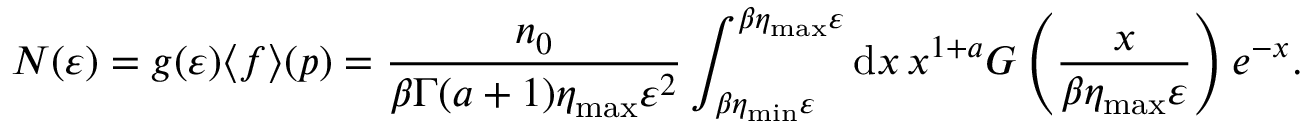
N ( \varepsilon ) = g ( \varepsilon ) \langle f \rangle ( \boldsymbol { p } ) = \frac { n _ { 0 } } { \beta \Gamma ( a + 1 ) \eta _ { \mathrm { m a x } } \varepsilon ^ { 2 } } \int _ { \beta \eta _ { \mathrm { m i n } } \varepsilon } ^ { { \beta \eta _ { \mathrm { m a x } } \varepsilon } } \mathrm { d } x \, x ^ { 1 + a } G \left( \frac { x } { \beta \eta _ { \mathrm { m a x } } \varepsilon } \right) e ^ { - x } .